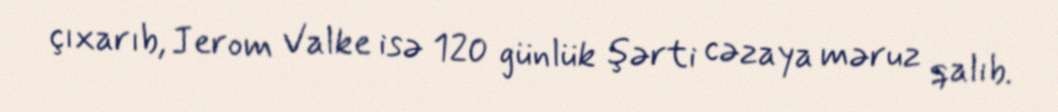
çıxarıb, Jerom Valke isə 120 günlük şərti cəzaya məruz qalıb.